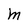
Character: M